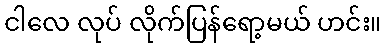
ငါလေ လုပ် လိုက်ပြန်ရော့မယ် ဟင်း။